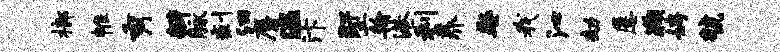
榔帷秀瓣脉剩汩麝温汴墅翰港利养娶我沁劫屡鞠娉虢